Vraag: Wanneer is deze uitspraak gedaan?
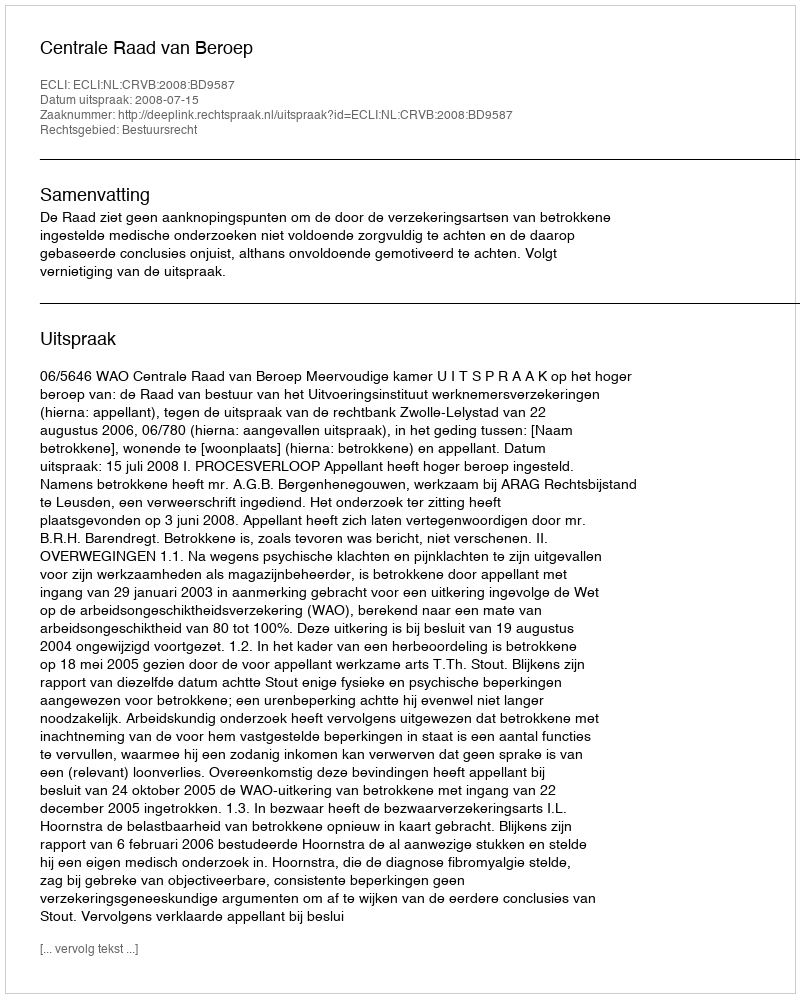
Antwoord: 2008-07-15